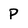
Character: P